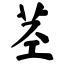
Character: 茎